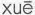
xuē